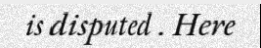
is disputed . Here